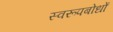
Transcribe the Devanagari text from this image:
स्वरूपबोधों